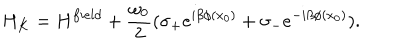
H _ { K } = H ^ { f i e l d } + \frac { \omega _ { 0 } } { 2 } ( \sigma _ { + } e ^ { i \beta \phi ( x _ { 0 } ) } + \sigma _ { - } e ^ { - i \beta \phi ( x _ { 0 } ) } ) .